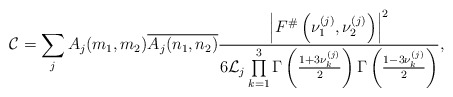
\begin{align*}\mathcal{C} = \sum \limits_j A_j(m_1,m_2) \overline{A_j(n_1,n_2)} \frac{\left|F^{\#}\left(\nu^{(j)}_1, \nu^{(j)}_2\right)\right|^2 }{6 \mathcal{L}_j \prod \limits_{k=1}^3 \Gamma\left(\frac{1+3\nu_k^{(j)}}{2}\right)\Gamma\left(\frac{1-3\nu_k^{(j)}}{2}\right)},\end{align*}